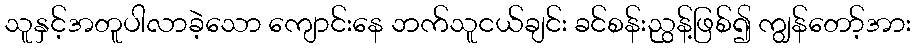
သူနှင့်အတူပါလာခဲ့သော ကျောင်းနေ ဘက်သူငယ်ချင်း ခင်စန်းညွန့်ဖြစ်၍ ကျွန်တော့်အား